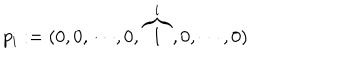
p _ { i } : = ( 0 , 0 , \cdots , 0 , \overbrace { 1 } ^ { i } , 0 , \cdots , 0 )